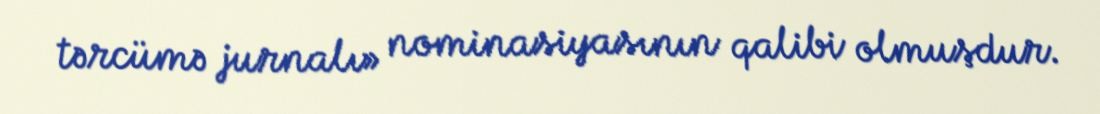
tərcümə jurnalı» nominasiyasının qalibi olmuşdur.